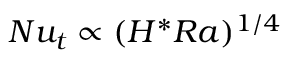
N u _ { t } \propto ( H ^ { * } R a ) ^ { 1 / 4 }